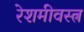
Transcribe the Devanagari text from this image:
रेशमीवस्त्र